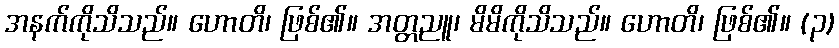
အနက်ကိုသိသည်။ ဟောတိ၊ ဖြစ်၏။ အတ္တညူ၊ မိမိကိုသိသည်။ ဟောတိ၊ ဖြစ်၏။ (၃)